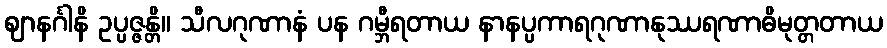
ဈာနင်္ဂါနိ ဥပ္ပဇ္ဇန္တိ။ သီလဂုဏာနံ ပန ဂမ္ဘီရတာယ နာနပ္ပကာရဂုဏာနုဿရဏာဓိမုတ္တတာယ